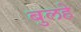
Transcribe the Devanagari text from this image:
बुलहे